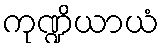
ကုဏ္ဍိယာယံ